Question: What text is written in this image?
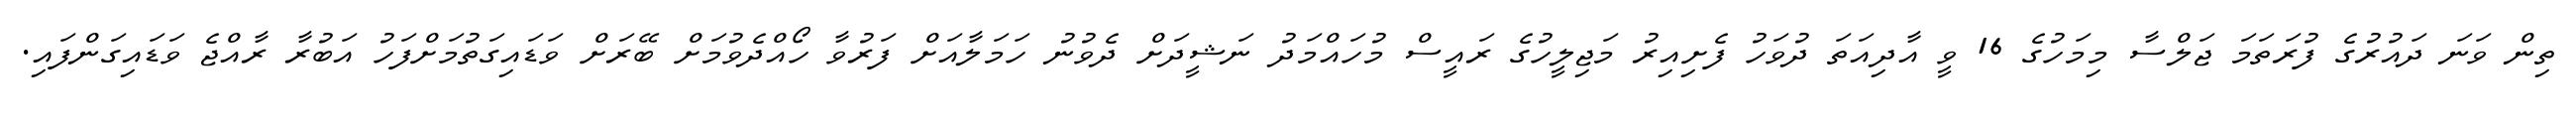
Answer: ތިން ވަނަ ދައުރުގެ ފުރަތަމަ ޖަލްސާ މިމަހުގެ 16 ވީ އާދިއަތަ ދުވަހު ފެށިއިރު މަޖިލީހުގެ ރައީސް މުހައްމަދު ނަޝީދަށް ދެވުނު ހަމަލާއަށް ފަރުވާ ހޯއްދެވުމަށް ބޭރަށް ވަޑައިގަތުމަށްފަހު އަބުރާ ރާއްޖެ ވަޑައިގަންފައި.